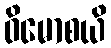
ဝိမောစယိ